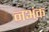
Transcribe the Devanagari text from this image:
नअंक